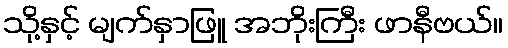
သို့နှင့် မျက်နှာဖြူ အဘိုးကြီး ဖာနီဗယ်။